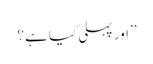
’’اور پہلی کیا ہے؟